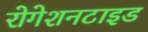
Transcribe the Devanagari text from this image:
रोगेशनटाइड